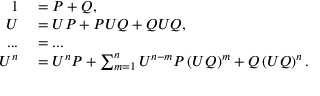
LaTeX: \begin{array} { r l } { 1 } & { { } = P + Q , } \\ { U } & { { } = U P + P U Q + Q U Q , } \\ { . . . } & { { } = . . . } \\ { U ^ { n } } & { { } = U ^ { n } P + \sum _ { m = 1 } ^ { n } U ^ { n - m } P \left( U Q \right) ^ { m } + Q \left( U Q \right) ^ { n } . } \end{array}